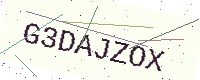
Text: G3DAJZOX